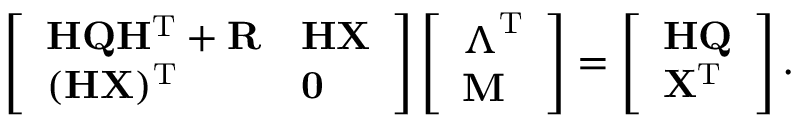
\left[ \begin{array} { l l } { \mathbf { H Q H ^ { \mathrm { T } } + R } } & { \mathbf { H X } } \\ { ( \mathbf { H X } ) ^ { \mathrm { T } } } & { \mathbf { 0 } } \end{array} \right] \left[ \begin{array} { l } { \boldsymbol { \Lambda } ^ { \mathrm { T } } } \\ { \mathbf { M } } \end{array} \right] = \left[ \begin{array} { l } { \mathbf { H Q } } \\ { \mathbf { X } ^ { \mathrm { T } } } \end{array} \right] .